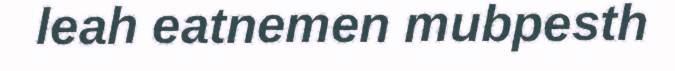
leah eatnemen mubpesth